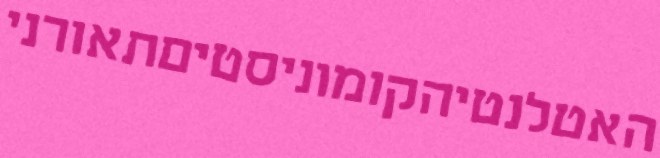
האטלנטיהקומוניסטיםתאורני